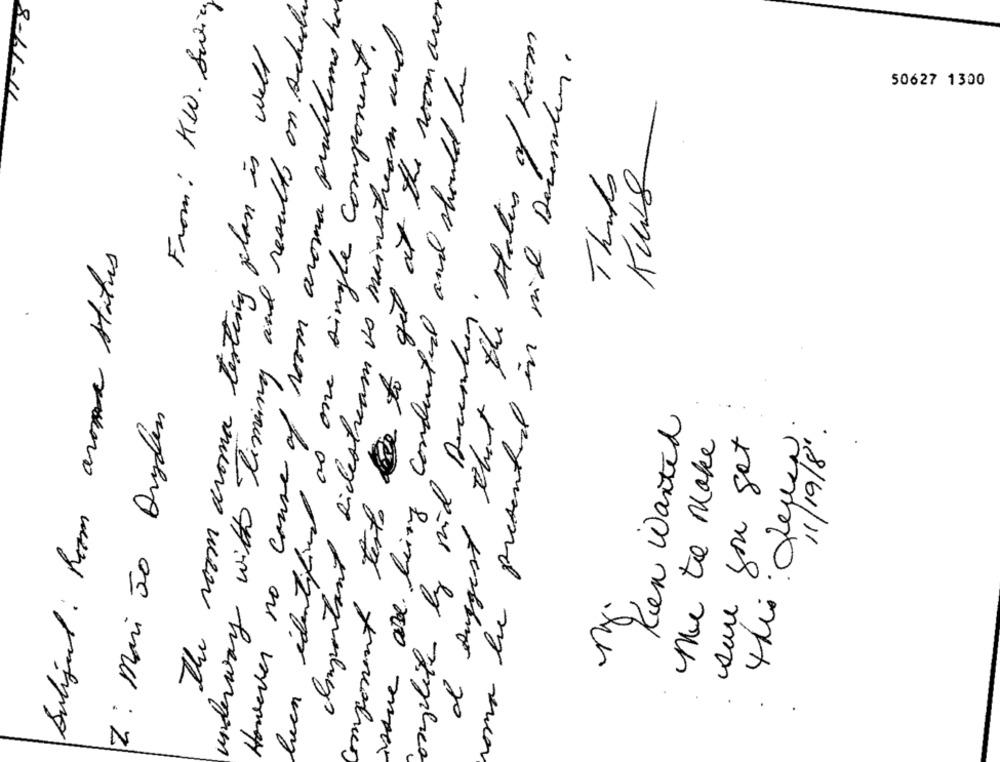
From: KW. Swing
underway with timing and results on schedu
However no couse of room aroma problems ha
component texto be to get at the room aron
Important sidestream is mainstream and
been identified as one single component.
I suggest that the status of Room
The room aroma testing plan is well
oma be presented in with December .
issue abe being conducted and should be
50627 1300
Thurs
butiful : Room aroma status
oxyelite by mid December
Z: mari 50 Dryden
Ren Wanted
11/19/8'
the to make
sure you got
this: Les
.